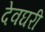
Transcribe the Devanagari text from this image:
देवघरी